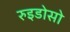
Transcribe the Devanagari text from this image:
रुइडोसो